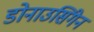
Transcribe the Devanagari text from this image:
डोनाउसिंगेन